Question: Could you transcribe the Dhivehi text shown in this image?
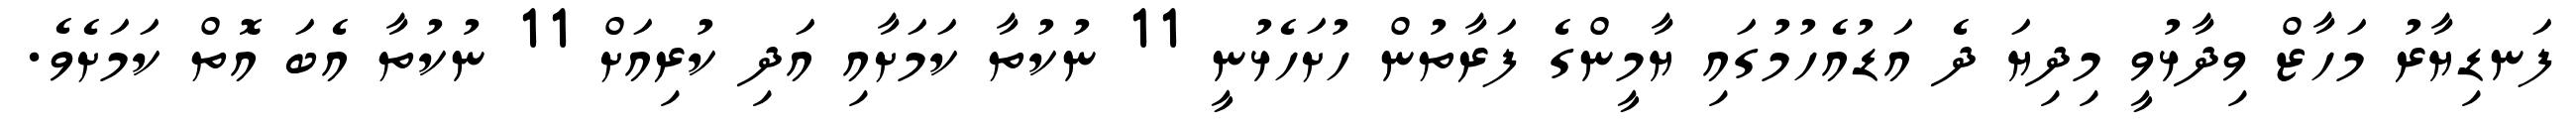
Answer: ފަނޑިޔާރު މަހާޒް ވިދާޅުވީ މިދިޔަ ދެ އަޑުއެހުމުގައި ޔާމީންގެ ފަރާތުން ހުށަހެޅުނީ 11 ނުކުތާ ކަމަށާއި އަދި ކުރިއަށް 11 ނުކުތާ އެބަ އޮތް ކަމަށެވެ.